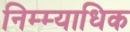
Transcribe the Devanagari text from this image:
निम्म्याधिक